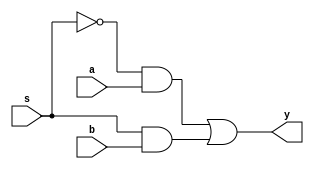
`timescale 1ns / 1ps
module mux(a,b,s,y);
input a,b,s;
output reg  y;
always @(a or b or s)
begin
 y= (~s&a) | (s&b);
end
endmodule


module d_latch(d,clock,q);
input d,clock;
inout q;

mux mux1(.a(q),.b(d),.s(clock),.y(q));

endmodule